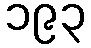
၁၉၃